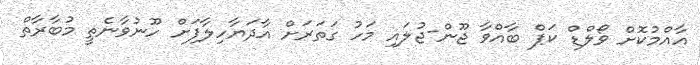
އާއްމުކޮށް ވޯލްޑް ކަޕް ބާއްވާ ޖޫން-ޖުލައި މަހު ގަތަރަށް އާދަޔާހިލާފަށް ހޫނުވާނެތީ މުބާރާތް